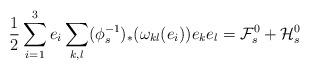
LaTeX: \begin{align*}\frac{1}{2}\sum_{i=1}^3e_i\sum_{k,l}(\phi_s^{-1})_*(\omega_{kl}(e_i))e_ke_l=\mathcal{F}_s^0 +\mathcal{H}_s^0\end{align*}